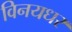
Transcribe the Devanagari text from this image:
विनयधर